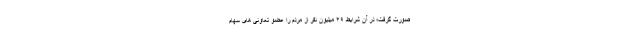
صورت گرفت؛ در آن شرایط ۴۹ میلیون نفر از مردم را عضو تعاونی های سهام